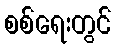
စစ်ရေးတွင်